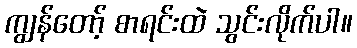
ကျွန်တော့် စာရင်းထဲ သွင်းလိုက်ပါ။